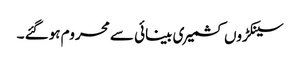
سینکڑوں کشمیری بینائی سے محروم ہوگئے ۔